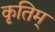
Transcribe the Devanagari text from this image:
कृतिम्